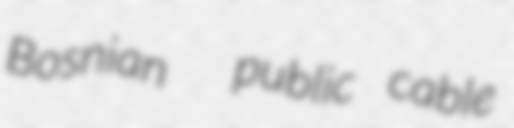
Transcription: Bosnian  public cable